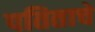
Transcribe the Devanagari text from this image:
पतिताचे